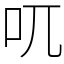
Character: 𠮾